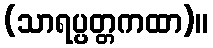
(သာရပ္ပတ္တကထာ)။